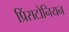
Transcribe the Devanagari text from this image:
प्रिंसटोनियन